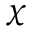
{ \chi \smash [ t ] { \mathstrut } }